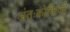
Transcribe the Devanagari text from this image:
अंतःकोशिकी